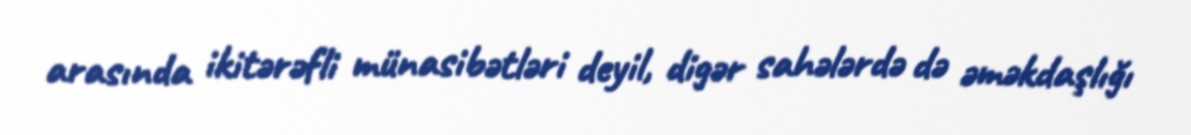
arasında ikitərəfli münasibətləri deyil, digər sahələrdə də əməkdaşlığı